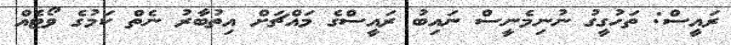
ރައީސް: ތަހުގީގު ނުނިމެނީސް ނައިބު ރައީސްގެ މައްޗަށް އިތުބާރު ނެތް ކަމުގެ ވޯޓެއް